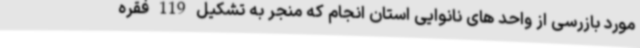
مورد بازرسی از واحد های نانوایی استان انجام که منجر به تشکیل 119 فقره